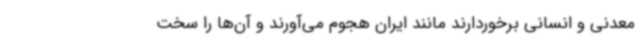
معدنی و انسانی برخوردارند مانند ایران هجوم می‌آورند و آن‌ها را سخت